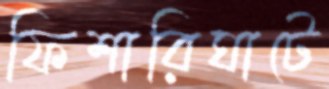
ফিশারিঘাটে